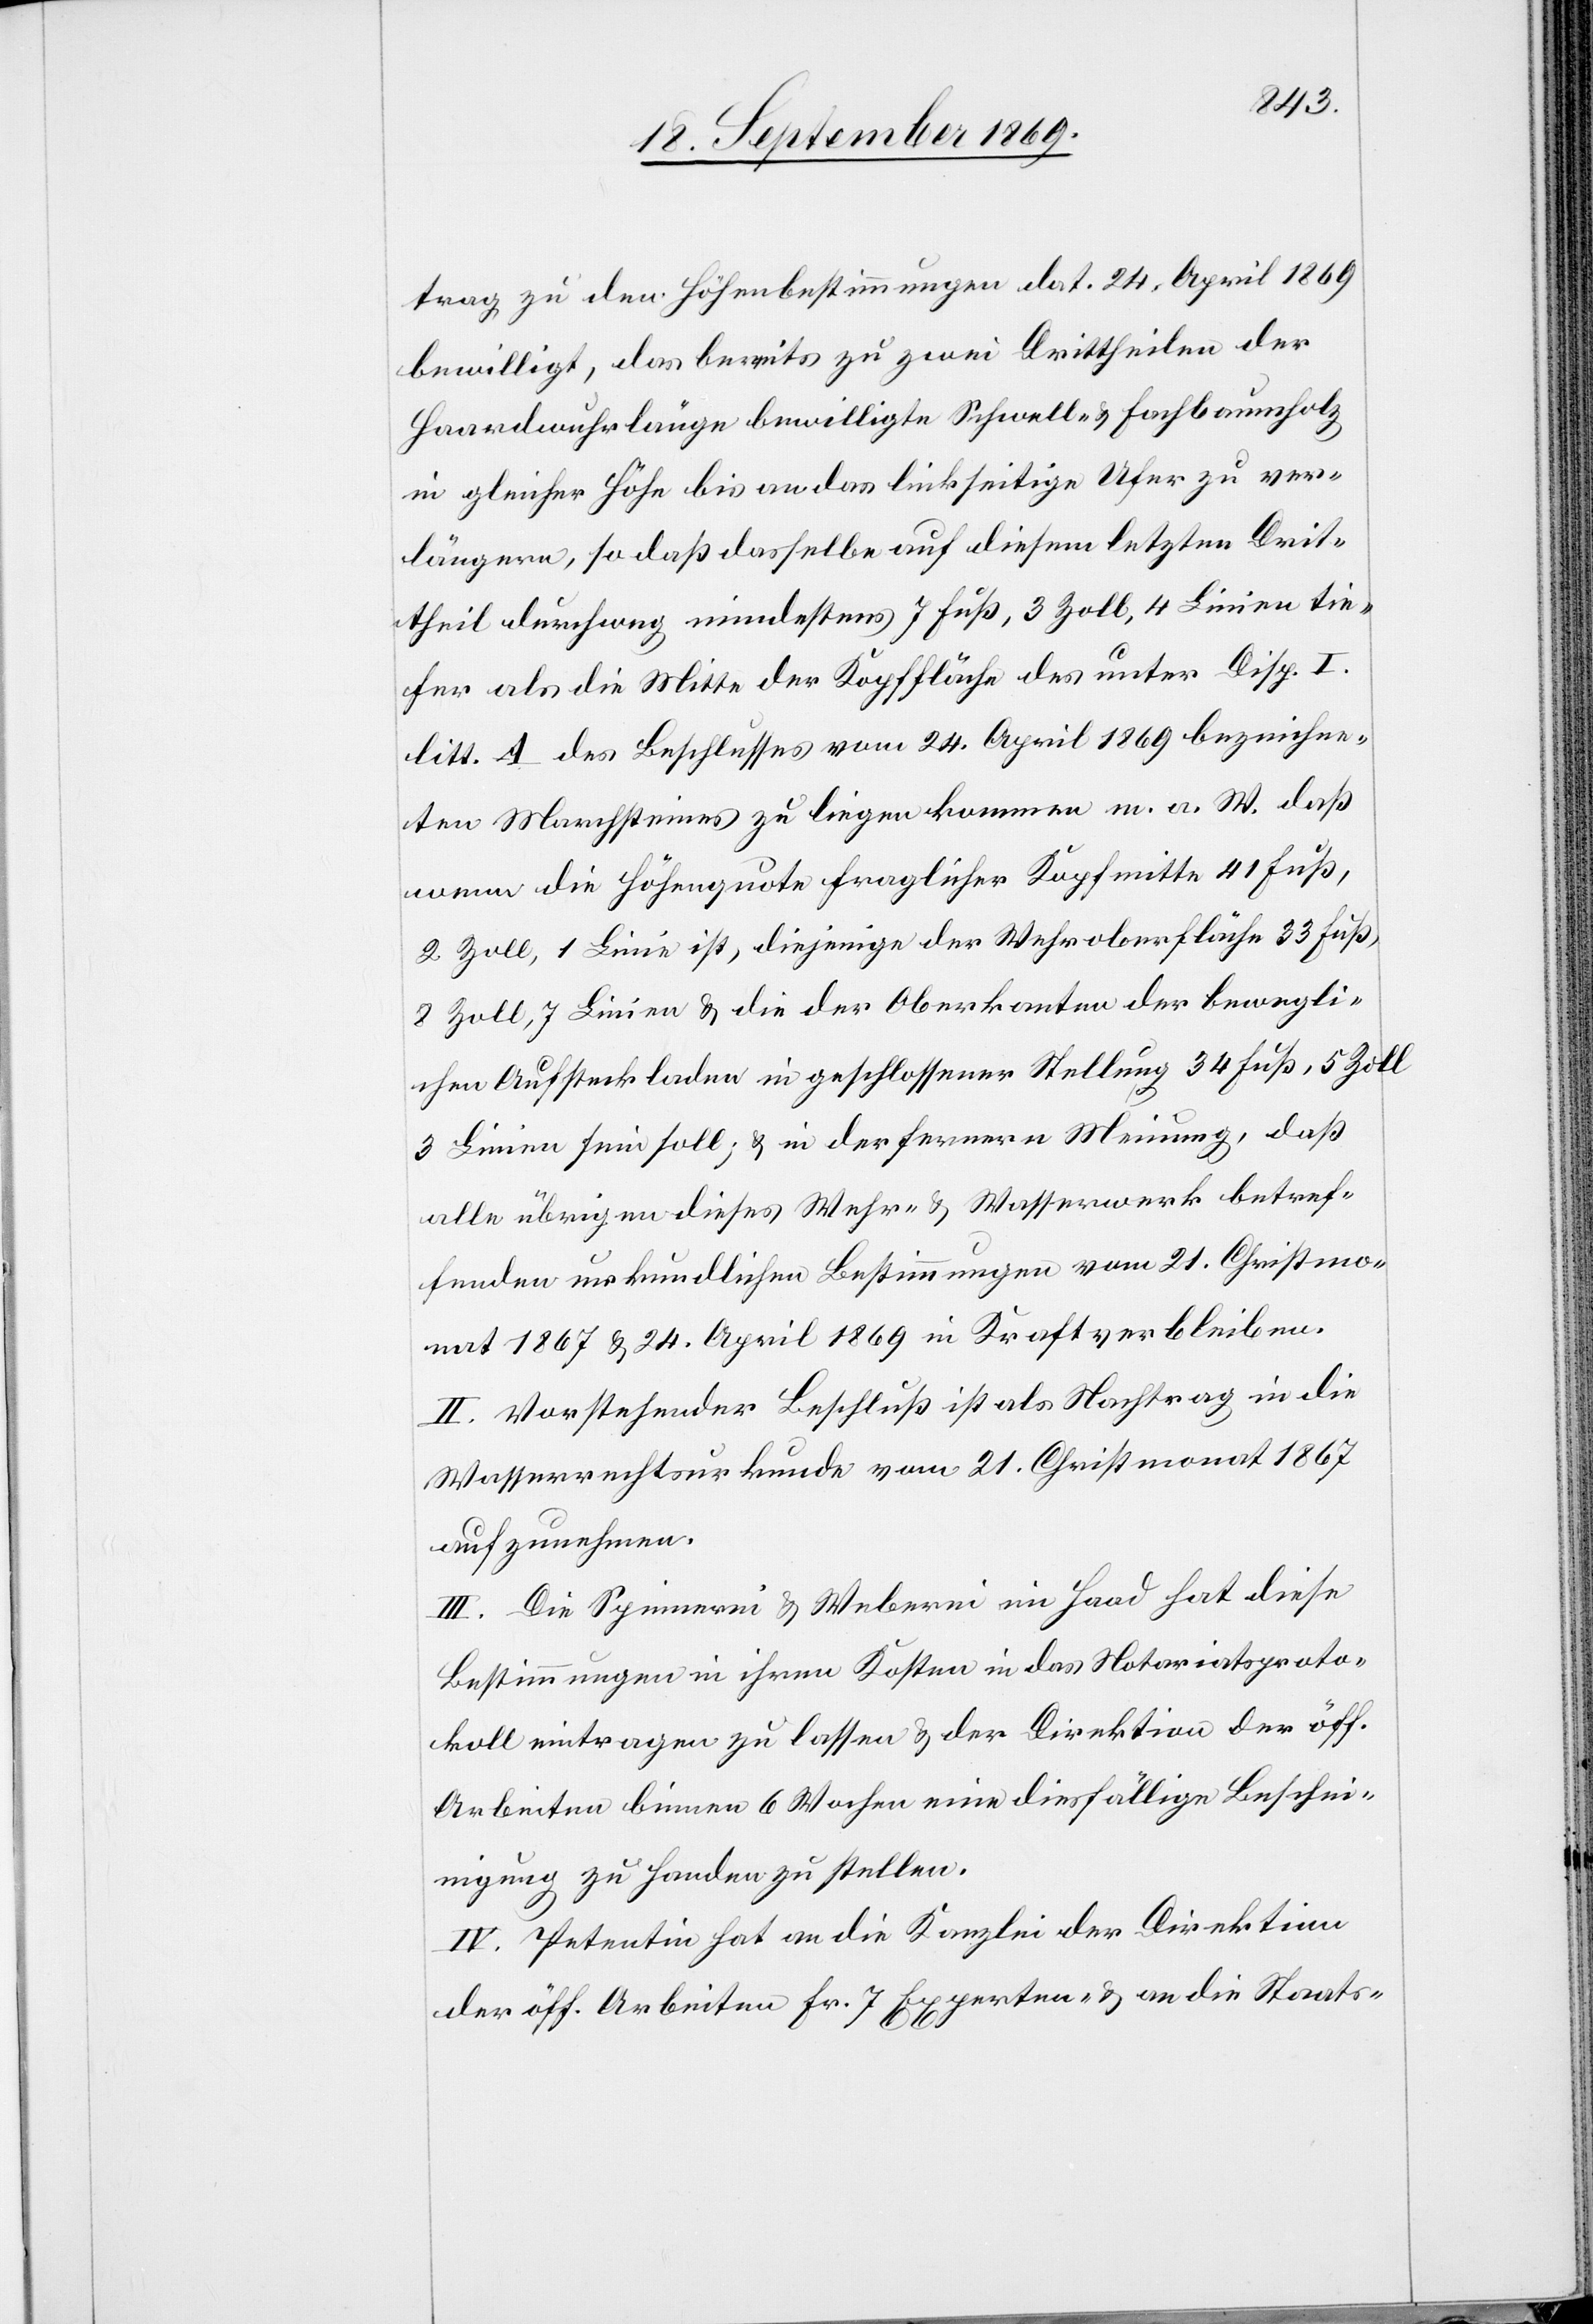
trag zu den Höhenbestimmungen dat. 24. April 1869
bewilligt, das bereits zu zwei Drittheilen der
Haardwuhrlänge bewilligte Schwell- & Fachbaumholz
in gleicher Höhe bis an das linkseitige Ufer zu ver¬
längern, so daß dasselbe auf diesem letzten Drit¬
theil durchweg mindestens 7 Fuß, 3 Zoll, 4 Linien tie¬
fer als die Mitte der Kopffläche des unter Disp. I.
litt. A des Beschlusses vom 24. April 1869 bezeichne¬
ten Marchsteines zu liegen kommen m. a. W. daß
wenn die Höhenquote fraglicher Kopfmitte 41 Fuß,
2 Zoll, 1 Linie ist, diejenige der Wehroberfläche 33 Fuß,
8 Zoll, 7 Linien & die der Oberkanten der bewegli¬
chen Aufsteckladen in geschlossener Stellung 34 Fuß, 5 Zoll
3 Linien sein soll; & in der fernern Meinung, daß
alle übrigen dieses Wehr- & Wasserwerk betref¬
fenden urkundlichen Bestimmungen vom 21. Christmon¬
at 1867 & 24. April 1869 in Kraft verbleiben.
II. Vorstehender Beschluß ist als Nachtrag in die
Wasserrechtsurkunde vom 21. Christmonat 1867
aufzunehmen.
III. Die Spinnerei & Weberei im Haa[r]d hat diese
Bestimmungen in ihren Kosten in das Notariatsproto¬
koll eintragen zu lassen & der Direktion der öff.
Arbeiten binnen 6 Wochen eine diesfällige Besche¬
inigung zu Handen zu stellen.
IV. Petentin hat an die Kanzlei der Direktion
der öff. Arbeiten Fr. 7 Experten- & an die Staats-